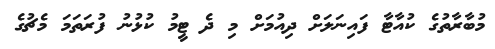
މުބާރާތުގެ ކުއާޓާ ފައިނަލަށް ދިއުމަށް މި ދެ ޓީމު ކުޅުނު ފުރަތަމަ މެޗުގެ